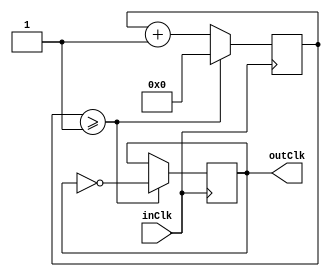
module clkdiv(input inClk, output reg outClk = 1'b0);
	parameter div = 4;
	parameter bitSize = 2**div;
	
	reg[1:bitSize] counter = 0;
	always @ (posedge inClk) begin
		if (counter >= div/2 - 1) begin
			counter <= 1'b0;
			outClk <= !outClk;
		end
		else
			counter <= counter + 1'b1;
	end
endmodule